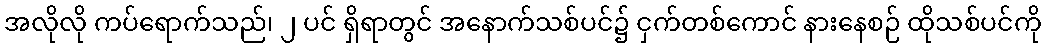
အလိုလို ကပ်ရောက်သည်၊ ၂ ပင် ရှိရာတွင် အနောက်သစ်ပင်၌ ငှက်တစ်ကောင် နားနေစဉ် ထိုသစ်ပင်ကို